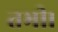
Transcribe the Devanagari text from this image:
तभी।